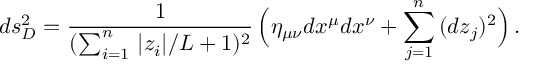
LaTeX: d s _ { D } ^ { 2 } = \frac { 1 } { ( \sum _ { i = 1 } ^ { n } \, | z _ { i } | / L + 1 ) ^ { 2 } } \, \Big ( \eta _ { \mu \nu } d x ^ { \mu } d x ^ { \nu } + \sum _ { j = 1 } ^ { n } \, ( d z _ { j } ) ^ { 2 } \Big ) \, .